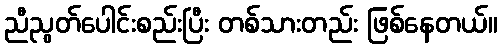
ညီညွတ်ပေါင်းစည်းပြီး တစ်သားတည်း ဖြစ်နေတယ်။